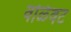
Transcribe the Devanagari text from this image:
वळिवट